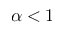
\alpha < 1